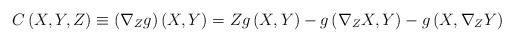
LaTeX: \begin{align*}C\left( X,Y,Z\right) \equiv \left( \nabla _{Z}g\right) \left( X,Y\right)=Zg\left( X,Y\right) -g\left( \nabla _{Z}X,Y\right) -g\left( X,\nabla_{Z}Y\right) \end{align*}